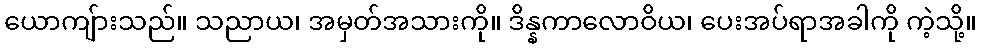
ယောကျ်ားသည်။ သညာယ၊ အမှတ်အသားကို။ ဒိန္နကာလောဝိယ၊ ပေးအပ်ရာအခါကို ကဲ့သို့။